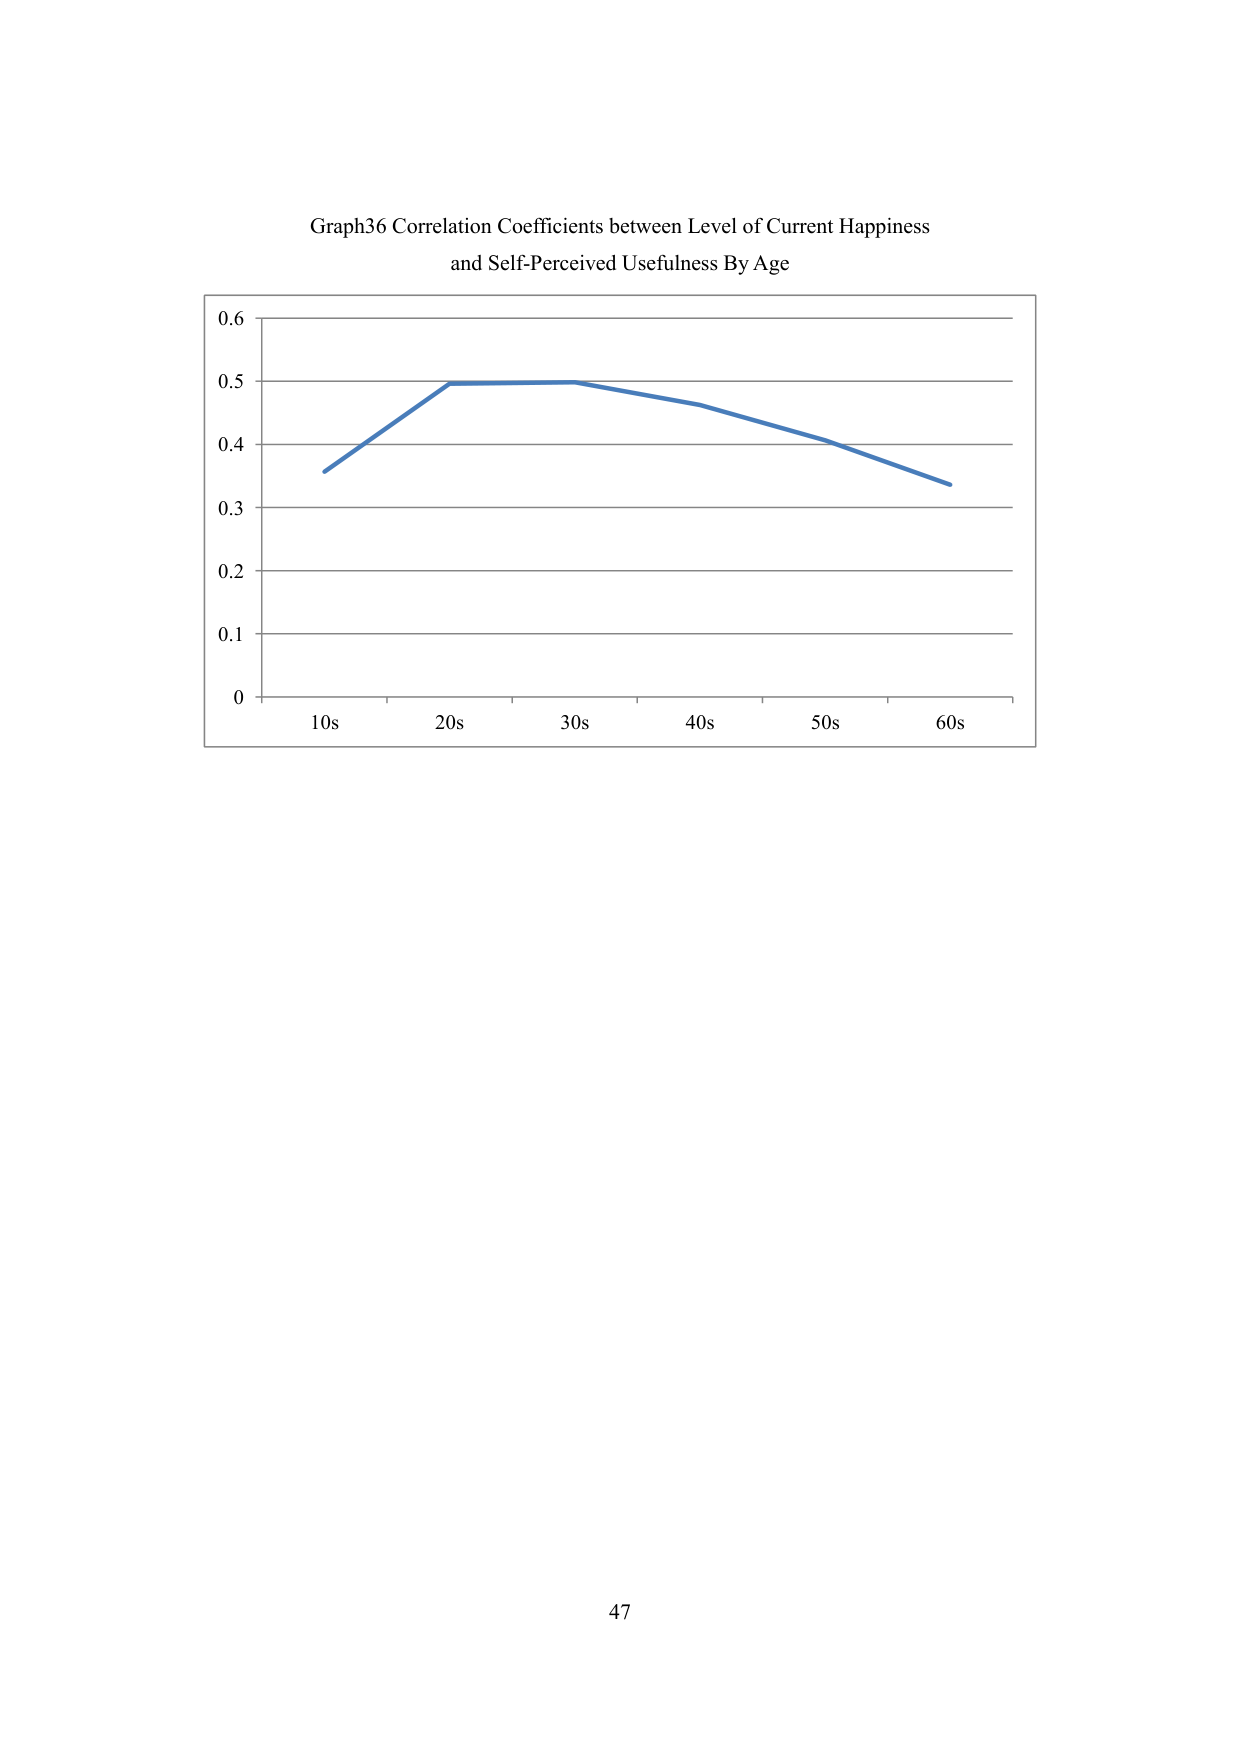
Graph36 Correlation Coefficients between Level of Current Happiness
and Self-Perceived Usefulness By Age
0.6
0.5
0.4
0.3
0.2
0.1
0
10s
20s
30s
40s
50s
60s
47